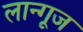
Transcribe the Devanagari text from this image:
लान्गूज